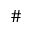
^ \#